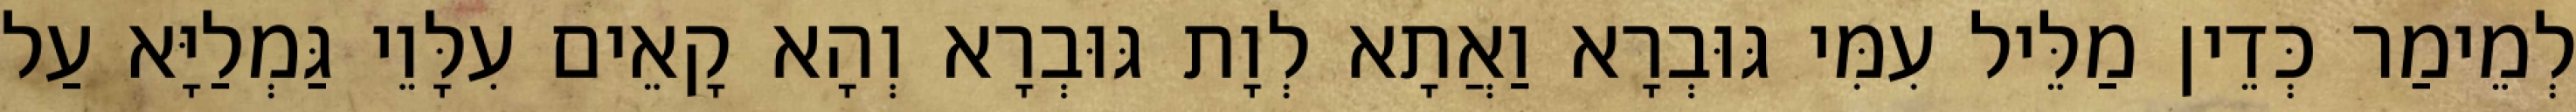
לְמֵימַר כְּדֵין מַלֵּיל עִמִּי גּוּבְרָא וַאֲתָא לְוָת גּוּבְרָא וְהָא קָאֵים עִלָּוֵי גַּמְלַיָּא עַל